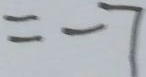
= - 7